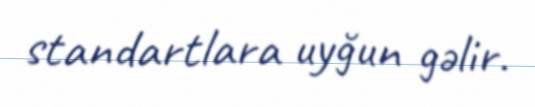
standartlara uyğun gəlir.